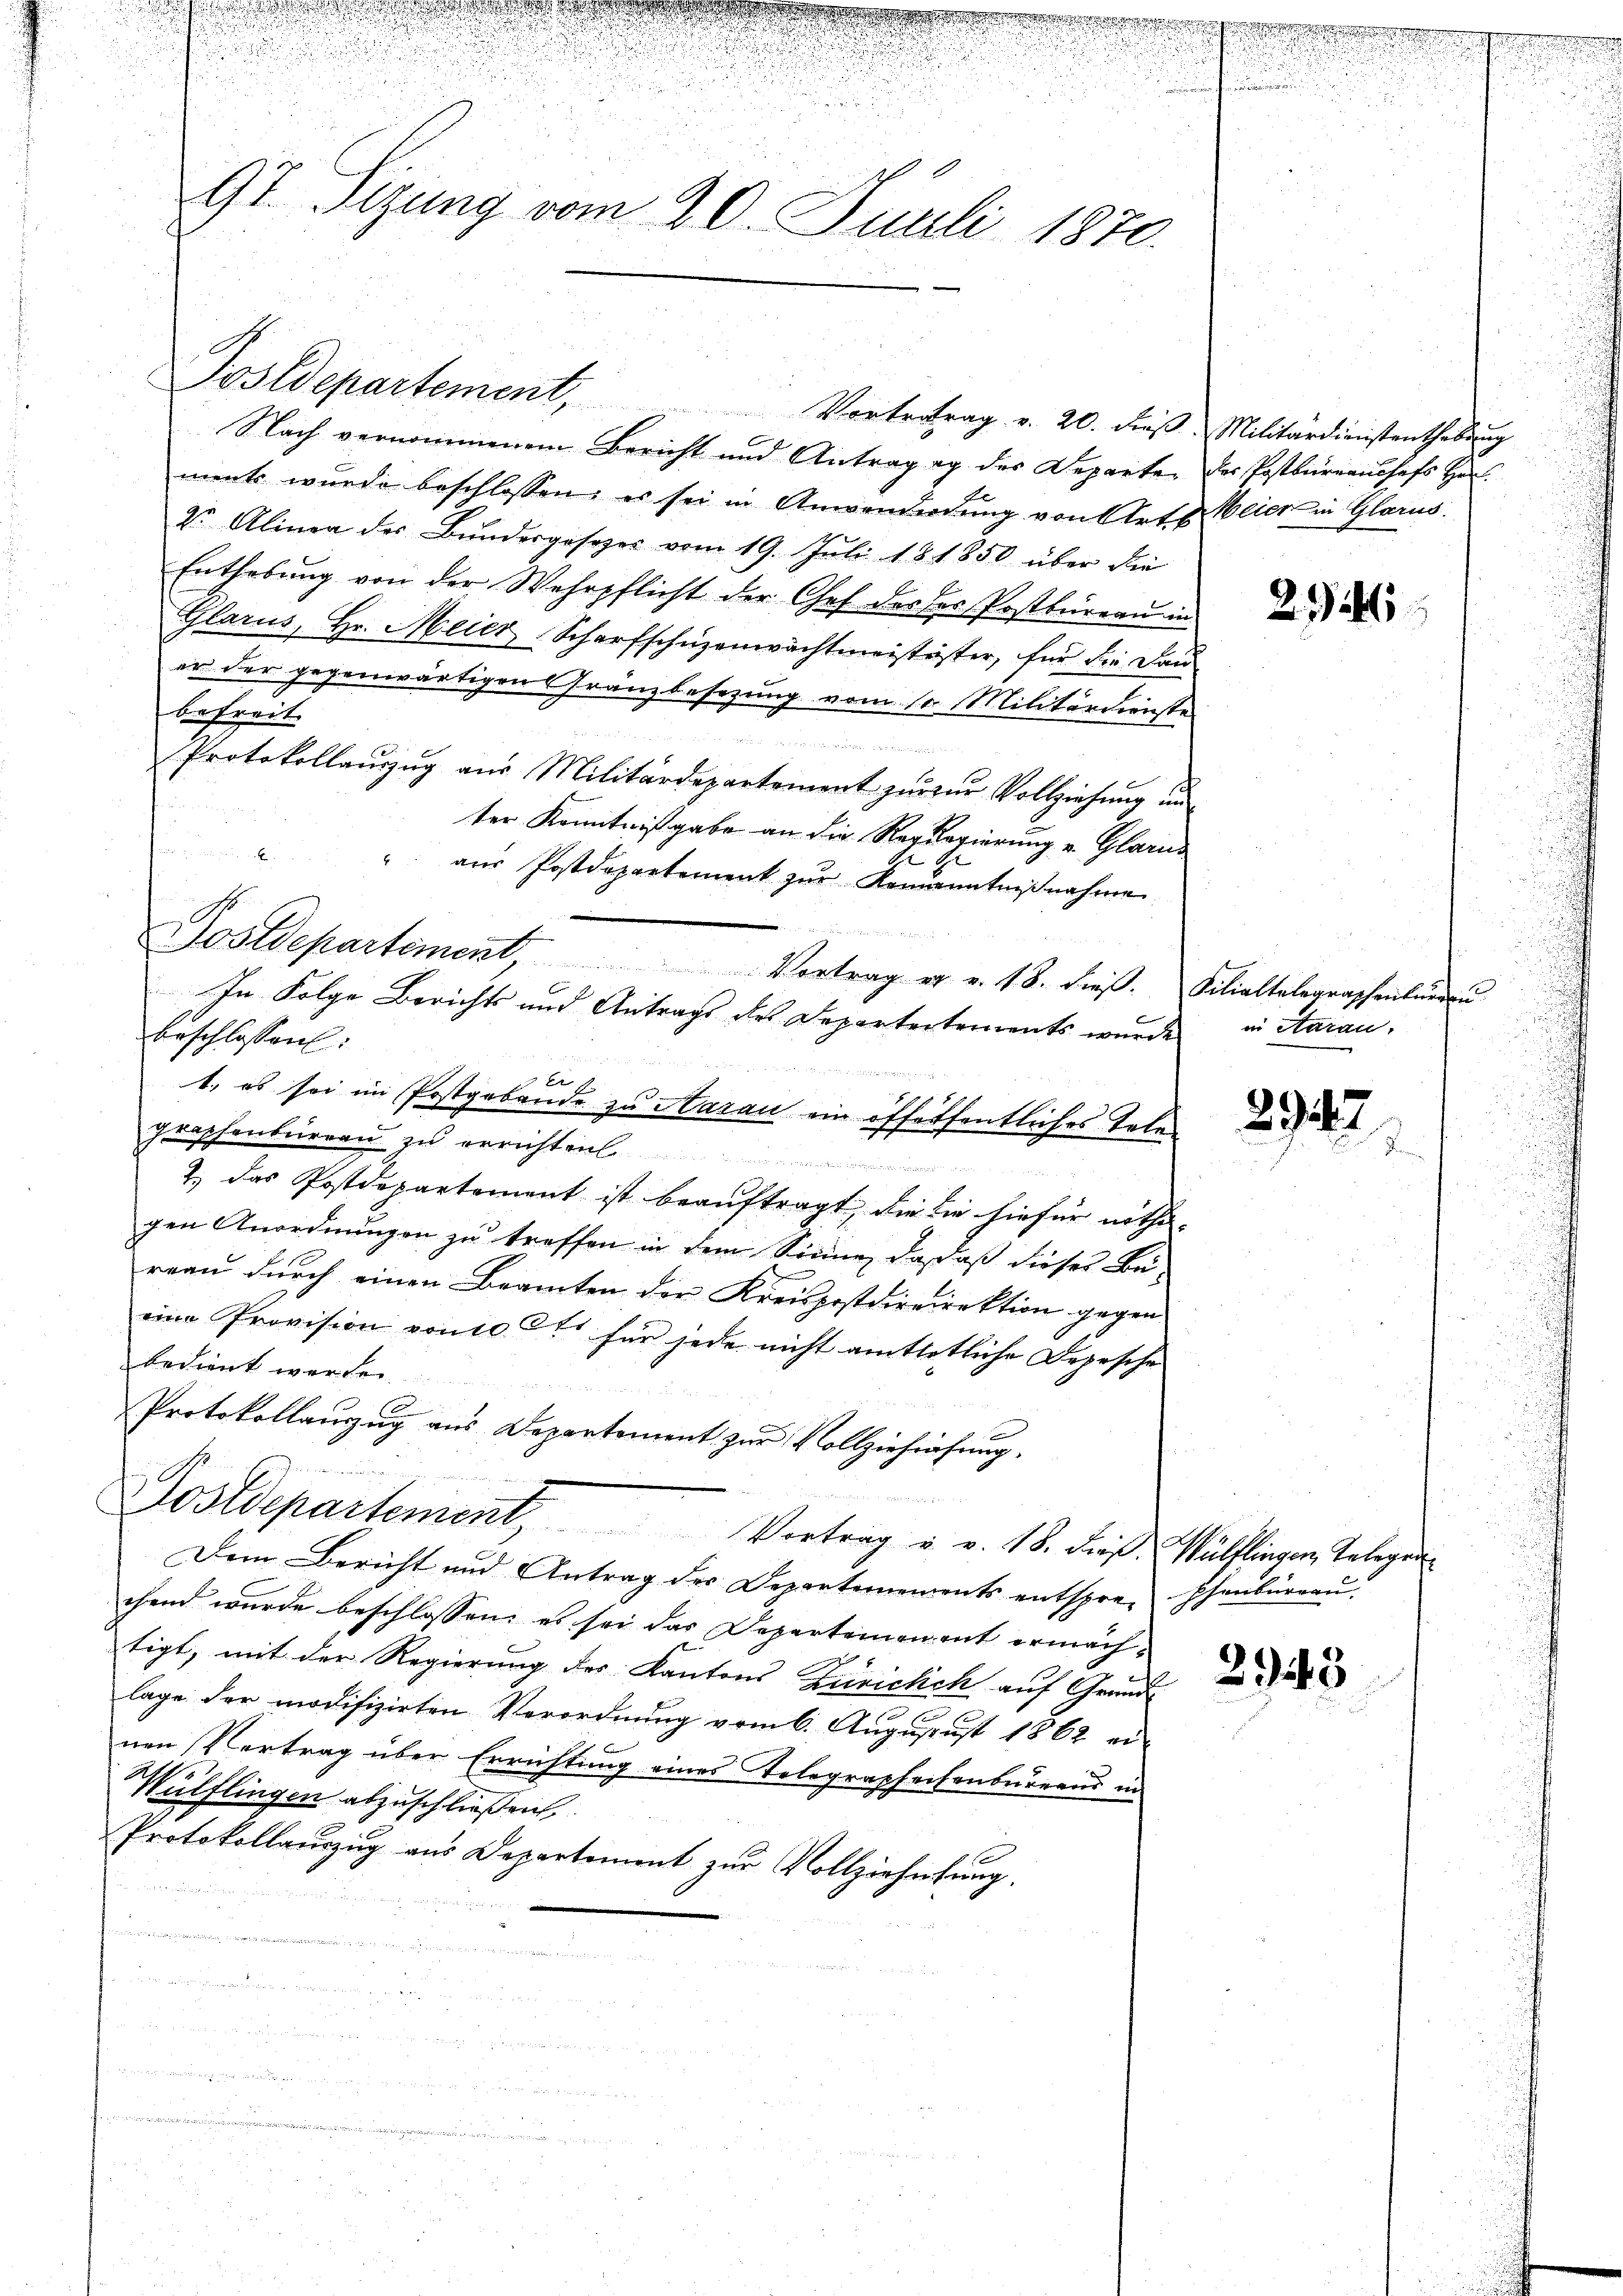
u
91 Sizung vom 20. Juli 1870.

Nach vernommenem Bericht und Antrageg der Departen des Postbureaussafs Her
ments wurde beschlossen: es sei in Anwendendung von Art. Weier in Glarus.
2o Alinea der Bŭndesgesezes vom 19. Juli 181850 über die
Enthebung von der Wehrpflicht der Chef der der Postbüreau in
Glarus, Hr. Meier Scharfschuzenwachtmeistester, für die Dan
er der gegenwärtigen Gränzbesezung vom 10. Militärdienste
befreit

Protokollaŭszŭg aŭs Militärdepartement zŭr zŭr Vollziehŭng ŭm
ter Kenntnißgabe an die Regungierung u. Glarus
u
" aus Postdepartement zur Komanntnißnahme

Er f
1. es sei im Postgebande zu Harau ein öffeffentliches Telen
graphenbureau zu errichten
r
2.) das Postdepartement ist beaŭftragt, die die hiefür noth-
gen Anordnungen zu treffen in dem Sinne, daß daß dieser Bereaŭ dŭrch einen Beamten der Kreispostdireirektion gegen
eine Provision von 10 Cts für jede nicht amttotliche Depesche
bedient werden
Protokollauzug aus Departement zur Vollziehrafung.
d
Postdepartement Vortrag u. v. 18. dieß. Wülflingen Telegen
Dem Bericht und Antrag der Departemements entspre-phenbüreaŭ.
chend wurde beschlossen, es sei das Departemenent ermächtigt, mit der Regierung des Kantons Zürichch auf Grund-
lage der modifizirten Verordnung vom 6. Augustust 1862 ei-
nen Vertrag über Errichtung eines Telegraphechenburgend in
Wülflingen abzuschließen
Protokollauszug aus Departement zur Vollziehetung.
u
 d weniger Gem

  einen eigen und man ich wenn ich in den an den

 4
n

¬

Fostdepartement, Vortretrag u. 20. dieβ. Militardienstenthebŭng

Postdepartement Vortrag er v. 18. dieβ.
In Folge Berichts und Antrags des Departertements wurde
beschlossen:

no
u

Filialtalegraphentur u
in Aarau,

29245

2942.

2943

.
2